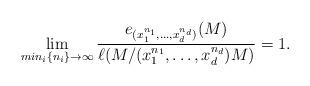
LaTeX: \begin{align*}\displaystyle\lim_{min_i\{n_i \}\rightarrow \infty} \dfrac{e_{(x_1^{n_1}, \ldots, x_d^{n_d})}(M)}{\ell(M/(x_1^{n_1}, \ldots, x_d^{n_d})M)} = 1.\end{align*}